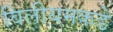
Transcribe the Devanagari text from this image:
विलीयमकडे